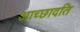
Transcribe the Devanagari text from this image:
आच्‍छादति